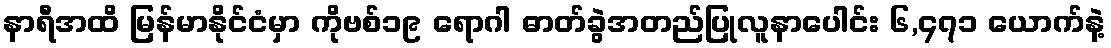
နာရီအထိ မြန်မာနိုင်ငံမှာ ကိုဗစ်၁၉ ရောဂါ ဓာတ်ခွဲအတည်ပြုလူနာပေါင်း ၆,၄၇၁ ယောက်နဲ့